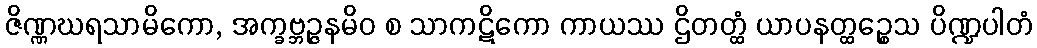
ဇိဏ္ဏဃရသာမိကော, အက္ခဗ္ဘဉ္ဇနမိဝ စ သာကဋိကော ကာယဿ ဌိတတ္ထံ ယာပနတ္ထဉ္စေသ ပိဏ္ဍပါတံ